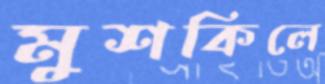
মুশকিলে